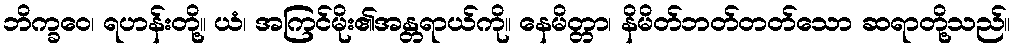
ဘိက္ခဝေ၊ ရဟန်းတို့။ ယံ၊ အကြင်မိုး၏အန္တရာယ်ကို။ နေမိတ္တာ၊ နိမိတ်ဘတ်တတ်သော ဆရာတို့သည်။